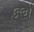
કએ